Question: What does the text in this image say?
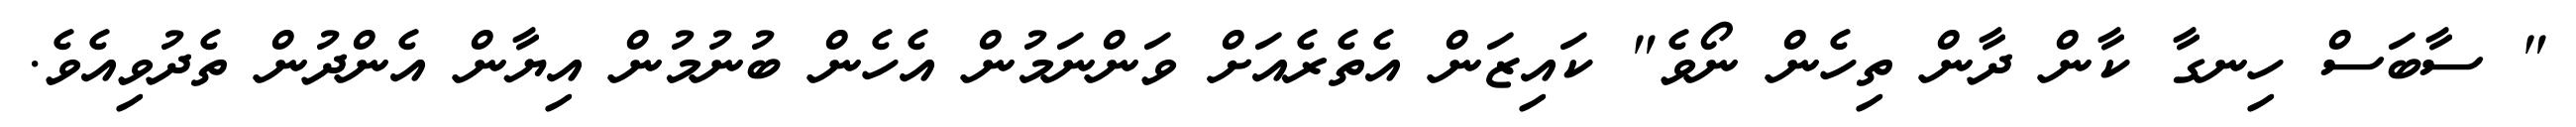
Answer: " ސާބަސް ހިނގާ ކާން ދާން ތިހެން ނޯވެ" ކައިޒަން އެތެރެއަށް ވަންނަމުން އެހެން ބުނުމުން އިޔާން އެންދުން ތެދުވިއެވެ.